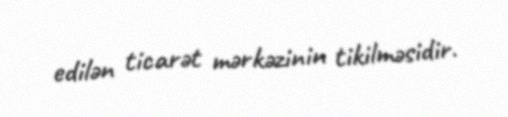
edilən ticarət mərkəzinin tikilməsidir.